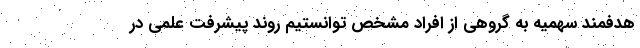
هدفمند سهمیه به گروهی از افراد مشخص توانستیم روند پیشرفت علمی در